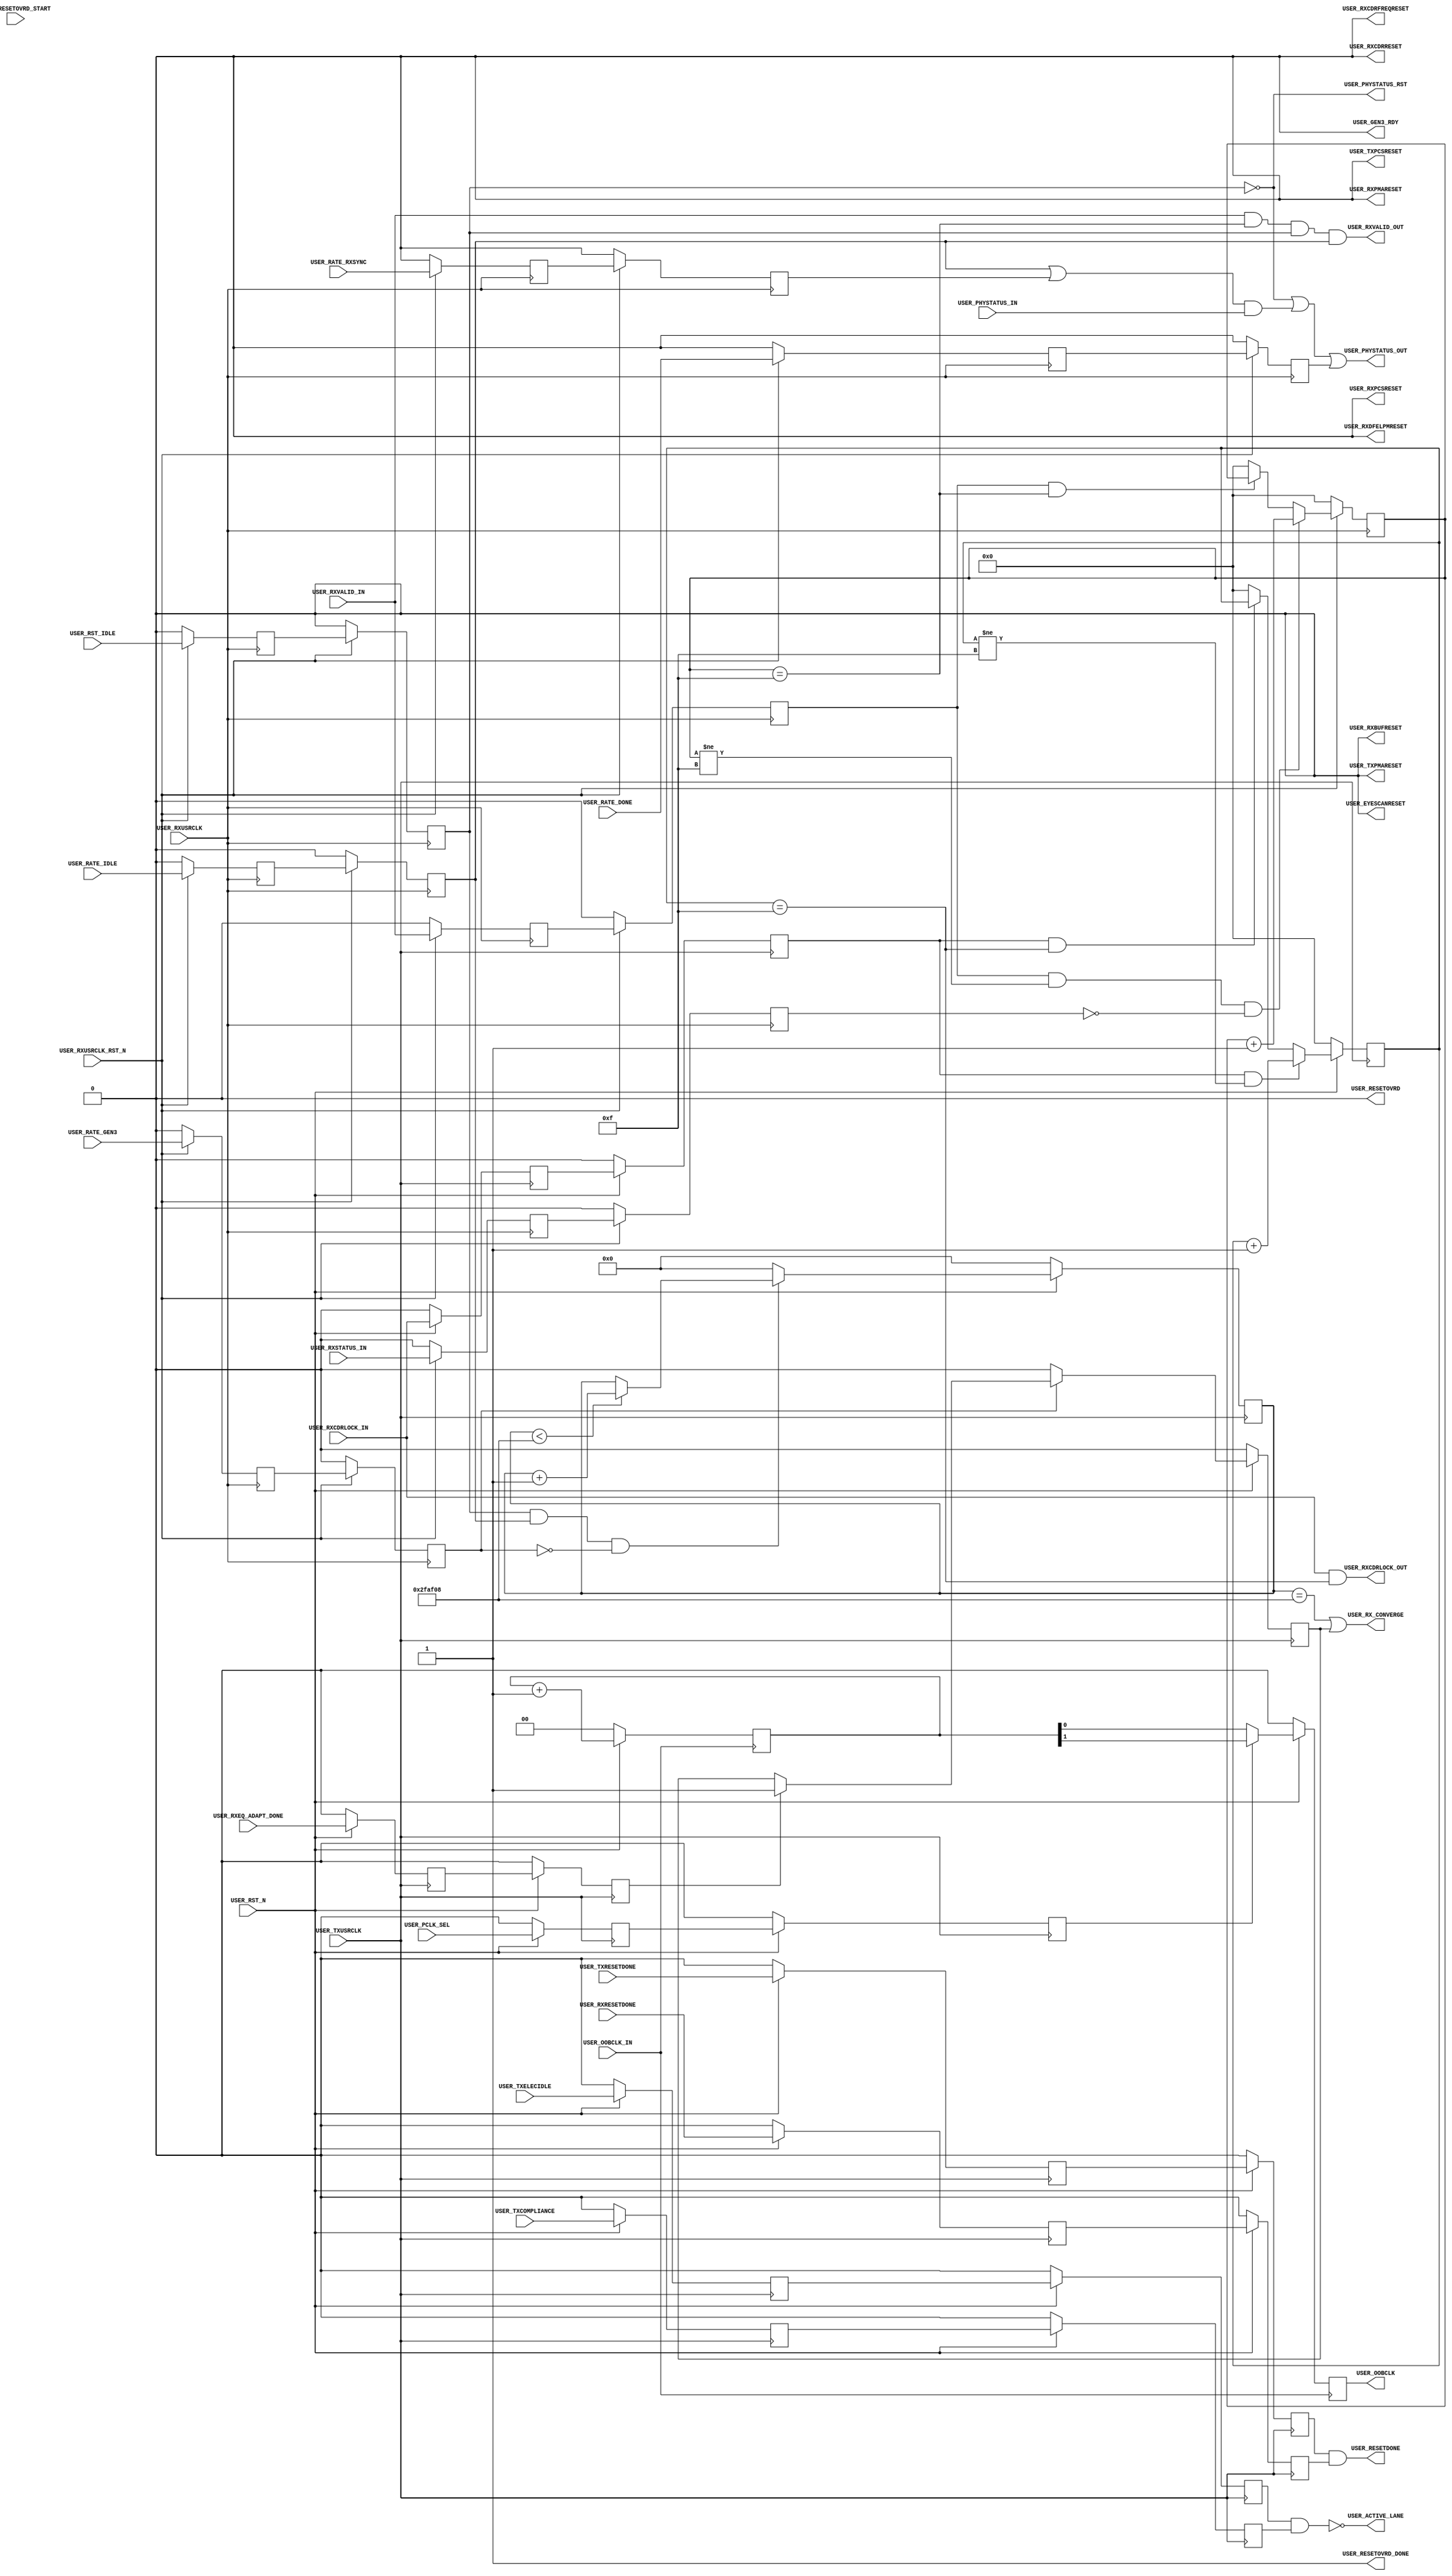
module pcieCore_pipe_user #
(
    parameter PCIE_SIM_MODE    = "FALSE",                   // PCIe sim mode
    parameter PCIE_USE_MODE    = "3.0",                     // PCIe sim version
    parameter PCIE_OOBCLK_MODE = 1,                         // PCIe OOB clock mode
    parameter RXCDRLOCK_MAX    = 4'd15,                     // RXCDRLOCK max count
    parameter RXVALID_MAX      = 4'd15,                     // RXVALID max count
    parameter CONVERGE_MAX     = 22'd3125000                // Convergence max count
)
(
    input               USER_TXUSRCLK,
    input               USER_RXUSRCLK,
    input               USER_OOBCLK_IN,
    input               USER_RST_N,
    input               USER_RXUSRCLK_RST_N,
    input               USER_PCLK_SEL,
    input               USER_RESETOVRD_START,
    input               USER_TXRESETDONE,
    input               USER_RXRESETDONE,
    input               USER_TXELECIDLE,
    input               USER_TXCOMPLIANCE,
    input               USER_RXCDRLOCK_IN,
    input               USER_RXVALID_IN,
    input               USER_RXSTATUS_IN,
    input               USER_PHYSTATUS_IN,
    input               USER_RATE_DONE,
    input               USER_RST_IDLE,
    input               USER_RATE_RXSYNC,
    input               USER_RATE_IDLE,
    input               USER_RATE_GEN3,
    input               USER_RXEQ_ADAPT_DONE,
    output              USER_OOBCLK,
    output              USER_RESETOVRD,
    output              USER_TXPMARESET,
    output              USER_RXPMARESET,
    output              USER_RXCDRRESET,
    output              USER_RXCDRFREQRESET,
    output              USER_RXDFELPMRESET,
    output              USER_EYESCANRESET,
    output              USER_TXPCSRESET,
    output              USER_RXPCSRESET,
    output              USER_RXBUFRESET,
    output              USER_RESETOVRD_DONE,
    output              USER_RESETDONE,
    output              USER_ACTIVE_LANE,
    output              USER_RXCDRLOCK_OUT,
    output              USER_RXVALID_OUT,
    output              USER_PHYSTATUS_OUT,
    output              USER_PHYSTATUS_RST,
    output              USER_GEN3_RDY,
    output              USER_RX_CONVERGE
);
(* ASYNC_REG = "TRUE", SHIFT_EXTRACT = "NO" *)    reg                 pclk_sel_reg1;
(* ASYNC_REG = "TRUE", SHIFT_EXTRACT = "NO" *)    reg                 resetovrd_start_reg1;
(* ASYNC_REG = "TRUE", SHIFT_EXTRACT = "NO" *)    reg                 txresetdone_reg1;
(* ASYNC_REG = "TRUE", SHIFT_EXTRACT = "NO" *)    reg                 rxresetdone_reg1;
(* ASYNC_REG = "TRUE", SHIFT_EXTRACT = "NO" *)    reg                 txelecidle_reg1;
(* ASYNC_REG = "TRUE", SHIFT_EXTRACT = "NO" *)    reg                 txcompliance_reg1;
(* ASYNC_REG = "TRUE", SHIFT_EXTRACT = "NO" *)    reg                 rxcdrlock_reg1;
(* ASYNC_REG = "TRUE", SHIFT_EXTRACT = "NO" *)    reg                 rxvalid_reg1;
(* ASYNC_REG = "TRUE", SHIFT_EXTRACT = "NO" *)    reg                 rxstatus_reg1;
(* ASYNC_REG = "TRUE", SHIFT_EXTRACT = "NO" *)    reg                 rate_done_reg1;
(* ASYNC_REG = "TRUE", SHIFT_EXTRACT = "NO" *)    reg                 rst_idle_reg1;
(* ASYNC_REG = "TRUE", SHIFT_EXTRACT = "NO" *)    reg                 rate_rxsync_reg1;
(* ASYNC_REG = "TRUE", SHIFT_EXTRACT = "NO" *)    reg                 rate_idle_reg1;
(* ASYNC_REG = "TRUE", SHIFT_EXTRACT = "NO" *)    reg                 rate_gen3_reg1;
(* ASYNC_REG = "TRUE", SHIFT_EXTRACT = "NO" *)    reg                 rxeq_adapt_done_reg1;
(* ASYNC_REG = "TRUE", SHIFT_EXTRACT = "NO" *)    reg                 pclk_sel_reg2;
(* ASYNC_REG = "TRUE", SHIFT_EXTRACT = "NO" *)    reg                 resetovrd_start_reg2;
(* ASYNC_REG = "TRUE", SHIFT_EXTRACT = "NO" *)    reg                 txresetdone_reg2;
(* ASYNC_REG = "TRUE", SHIFT_EXTRACT = "NO" *)    reg                 rxresetdone_reg2;
(* ASYNC_REG = "TRUE", SHIFT_EXTRACT = "NO" *)    reg                 txelecidle_reg2;
(* ASYNC_REG = "TRUE", SHIFT_EXTRACT = "NO" *)    reg                 txcompliance_reg2;
(* ASYNC_REG = "TRUE", SHIFT_EXTRACT = "NO" *)	  reg	              rxcdrlock_reg2;
(* ASYNC_REG = "TRUE", SHIFT_EXTRACT = "NO" *)    reg                 rxvalid_reg2;
(* ASYNC_REG = "TRUE", SHIFT_EXTRACT = "NO" *)    reg                 rxstatus_reg2;
(* ASYNC_REG = "TRUE", SHIFT_EXTRACT = "NO" *)    reg                 rate_done_reg2;
(* ASYNC_REG = "TRUE", SHIFT_EXTRACT = "NO" *)    reg                 rst_idle_reg2;
(* ASYNC_REG = "TRUE", SHIFT_EXTRACT = "NO" *)    reg                 rate_rxsync_reg2;
(* ASYNC_REG = "TRUE", SHIFT_EXTRACT = "NO" *)    reg                 rate_idle_reg2;
(* ASYNC_REG = "TRUE", SHIFT_EXTRACT = "NO" *)    reg                 rate_gen3_reg2;
(* ASYNC_REG = "TRUE", SHIFT_EXTRACT = "NO" *)    reg                 rxeq_adapt_done_reg2;
    reg         [ 1:0]  oobclk_cnt    =  2'd0;
    reg         [ 7:0]  reset_cnt     =  8'd127;
    reg         [ 3:0]  rxcdrlock_cnt =  4'd0;
    reg         [ 3:0]  rxvalid_cnt   =  4'd0;
    reg         [21:0]  converge_cnt  = 22'd0;
    reg                 converge_gen3 =  1'd0;
    reg                 oobclk   = 1'd0;
    reg         [ 7:0]  reset    = 8'h00;
    reg                 gen3_rdy = 1'd0;
    reg         [ 1:0]  fsm      = 2'd0;
    localparam          FSM_IDLE       = 2'd0;
    localparam          FSM_RESETOVRD  = 2'd1;
    localparam          FSM_RESET_INIT = 2'd2;
    localparam          FSM_RESET      = 2'd3;
    localparam converge_max_cnt = (PCIE_SIM_MODE == "TRUE") ? 22'd100 : CONVERGE_MAX;
always @ (posedge USER_TXUSRCLK)
begin
    if (!USER_RST_N)
        begin
        pclk_sel_reg1        <= 1'd0;
        resetovrd_start_reg1 <= 1'd0;
        txresetdone_reg1     <= 1'd0;
        rxresetdone_reg1     <= 1'd0;
        txelecidle_reg1      <= 1'd0;
        txcompliance_reg1    <= 1'd0;
        rxcdrlock_reg1 	     <= 1'd0;
        rxeq_adapt_done_reg1 <= 1'd0;
        pclk_sel_reg2        <= 1'd0;
        resetovrd_start_reg2 <= 1'd0;
        txresetdone_reg2     <= 1'd0;
        rxresetdone_reg2     <= 1'd0;
        txelecidle_reg2      <= 1'd0;
        txcompliance_reg2    <= 1'd0;
        rxcdrlock_reg2 	     <= 1'd0;
        rxeq_adapt_done_reg2 <= 1'd0;
        end
    else
        begin
        pclk_sel_reg1        <= USER_PCLK_SEL;
        resetovrd_start_reg1 <= USER_RESETOVRD_START;
        txresetdone_reg1     <= USER_TXRESETDONE;
        rxresetdone_reg1     <= USER_RXRESETDONE;
        txelecidle_reg1      <= USER_TXELECIDLE;
        txcompliance_reg1    <= USER_TXCOMPLIANCE;
        rxcdrlock_reg1 	     <= USER_RXCDRLOCK_IN;
        rxeq_adapt_done_reg1 <= USER_RXEQ_ADAPT_DONE;
        pclk_sel_reg2        <= pclk_sel_reg1;
        resetovrd_start_reg2 <= resetovrd_start_reg1;
        txresetdone_reg2     <= txresetdone_reg1;
        rxresetdone_reg2     <= rxresetdone_reg1;
        txelecidle_reg2      <= txelecidle_reg1;
        txcompliance_reg2    <= txcompliance_reg1;
        rxcdrlock_reg2 	     <= rxcdrlock_reg1;
        rxeq_adapt_done_reg2 <= rxeq_adapt_done_reg1;
        end
end
always @ (posedge USER_RXUSRCLK)
begin
    if (!USER_RXUSRCLK_RST_N)
        begin
        rxvalid_reg1     <= 1'd0;
        rxstatus_reg1    <= 1'd0;
        rst_idle_reg1    <= 1'd0;
        rate_done_reg1   <= 1'd0;
        rate_rxsync_reg1 <= 1'd0;
        rate_idle_reg1   <= 1'd0;
        rate_gen3_reg1   <= 1'd0;
        rxvalid_reg2     <= 1'd0;
        rxstatus_reg2    <= 1'd0;
        rst_idle_reg2    <= 1'd0;
        rate_done_reg2   <= 1'd0;
        rate_rxsync_reg2 <= 1'd0;
        rate_idle_reg2   <= 1'd0;
        rate_gen3_reg2   <= 1'd0;
        end
    else
        begin
        rxvalid_reg1     <= USER_RXVALID_IN;
        rxstatus_reg1    <= USER_RXSTATUS_IN;
        rst_idle_reg1    <= USER_RST_IDLE;
        rate_done_reg1   <= USER_RATE_DONE;
        rate_rxsync_reg1 <= USER_RATE_RXSYNC;
        rate_idle_reg1   <= USER_RATE_IDLE;
        rate_gen3_reg1   <= USER_RATE_GEN3;
        rxvalid_reg2     <= rxvalid_reg1;
        rxstatus_reg2    <= rxstatus_reg1;
        rst_idle_reg2    <= rst_idle_reg1;
        rate_done_reg2   <= rate_done_reg1;
        rate_rxsync_reg2 <= rate_rxsync_reg1;
        rate_idle_reg2   <= rate_idle_reg1;
        rate_gen3_reg2   <= rate_gen3_reg1;
        end
end
generate if (PCIE_USE_MODE == "1.0")
    begin : resetovrd
    always @ (posedge USER_TXUSRCLK)
    begin
        if (!USER_RST_N)
            reset_cnt <= 8'd127;
        else
            if (((fsm == FSM_RESETOVRD) || (fsm == FSM_RESET)) && (reset_cnt != 8'd0))
                reset_cnt <= reset_cnt - 8'd1;
            else
                case (reset)
                8'b00000000 : reset_cnt <= 8'd127;              // Programmable PMARESET       time
                8'b11111111 : reset_cnt <= 8'd127;              // Programmable RXCDRRESET     time
                8'b11111110 : reset_cnt <= 8'd127;              // Programmable RXCDRFREQRESET time
                8'b11111100 : reset_cnt <= 8'd127;              // Programmable RXDFELPMRESET  time
                8'b11111000 : reset_cnt <= 8'd127;              // Programmable EYESCANRESET   time
                8'b11110000 : reset_cnt <= 8'd127;              // Programmable PCSRESET       time
                8'b11100000 : reset_cnt <= 8'd127;              // Programmable RXBUFRESET     time
                8'b11000000 : reset_cnt <= 8'd127;              // Programmable RESETOVRD deassertion time
                8'b10000000 : reset_cnt <= 8'd127;
                default     : reset_cnt <= 8'd127;
                endcase
    end
    always @ (posedge USER_TXUSRCLK)
    begin
        if (!USER_RST_N)
            reset <= 8'h00;
        else
            if (fsm == FSM_RESET_INIT)
                reset <= 8'hFF;
            else if ((fsm == FSM_RESET) && (reset_cnt == 8'd0))
                reset <= {reset[6:0], 1'd0};
            else
                reset <= reset;
    end
    always @ (posedge USER_TXUSRCLK)
    begin
        if (!USER_RST_N)
            fsm <= FSM_IDLE;
        else
            begin
            case (fsm)
            FSM_IDLE       : fsm <= resetovrd_start_reg2 ? FSM_RESETOVRD : FSM_IDLE;
            FSM_RESETOVRD  : fsm <= (reset_cnt == 8'd0) ? FSM_RESET_INIT : FSM_RESETOVRD;
            FSM_RESET_INIT : fsm <= FSM_RESET;
            FSM_RESET      : fsm <= ((reset == 8'd0) && rxresetdone_reg2) ? FSM_IDLE : FSM_RESET;
            default        : fsm <= FSM_IDLE;
        	  endcase
            end
    end
    end
else
    begin : resetovrd_disble
    always @ (posedge USER_TXUSRCLK)
    begin
       if (!USER_RST_N)
           begin
           reset_cnt <= 8'hFF;
           reset     <= 8'd0;
           fsm       <= 2'd0;
           end
       else
           begin
           reset_cnt <= 8'hFF;
           reset     <= 8'd0;
           fsm       <= 2'd0;
           end
    end
    end
endgenerate
generate if (PCIE_OOBCLK_MODE == 1)
    begin : oobclk_div
    always @ (posedge USER_OOBCLK_IN)
    begin
        if (!USER_RST_N)
            begin
            oobclk_cnt <= 2'd0;
            oobclk     <= 1'd0;
            end
        else
            begin
            oobclk_cnt <= oobclk_cnt + 2'd1;
            oobclk     <= pclk_sel_reg2 ? oobclk_cnt[1] : oobclk_cnt[0];
            end
    end
    end
else
    begin : oobclk_div_disable
    always @ (posedge USER_OOBCLK_IN)
    begin
        if (!USER_RST_N)
            begin
            oobclk_cnt <= 2'd0;
            oobclk     <= 1'd0;
            end
        else
            begin
            oobclk_cnt <= 2'd0;
            oobclk     <= 1'd0;
            end
    end
    end
endgenerate
always @ (posedge USER_TXUSRCLK)
begin
    if (!USER_RST_N)
        rxcdrlock_cnt <= 4'd0;
    else
        if (rxcdrlock_reg2 && (rxcdrlock_cnt != RXCDRLOCK_MAX))
            rxcdrlock_cnt <= rxcdrlock_cnt + 4'd1;
        else if (rxcdrlock_reg2 && (rxcdrlock_cnt == RXCDRLOCK_MAX))
            rxcdrlock_cnt <= rxcdrlock_cnt;
        else
            rxcdrlock_cnt <= 4'd0;
end
always @ (posedge USER_RXUSRCLK)
begin
    if (!USER_RXUSRCLK_RST_N)
        rxvalid_cnt <= 4'd0;
    else
        if (rxvalid_reg2 && (rxvalid_cnt != RXVALID_MAX) && (!rxstatus_reg2))
            rxvalid_cnt <= rxvalid_cnt + 4'd1;
        else if (rxvalid_reg2 && (rxvalid_cnt == RXVALID_MAX))
            rxvalid_cnt <= rxvalid_cnt;
        else
            rxvalid_cnt <= 4'd0;
end
always @ (posedge USER_TXUSRCLK)
begin
    if (!USER_RST_N)
        converge_cnt <= 22'd0;
    else
        if (rst_idle_reg2 && rate_idle_reg2 && !rate_gen3_reg2)
            begin
            if (converge_cnt < converge_max_cnt)
                converge_cnt <= converge_cnt + 22'd1;
            else
                converge_cnt <= converge_cnt;
            end
        else
            converge_cnt <= 22'd0;
end
always @ (posedge USER_TXUSRCLK)
begin
    if (!USER_RST_N)
        converge_gen3 <= 1'd0;
    else
        if (rate_gen3_reg2)
            if (rxeq_adapt_done_reg2)
                converge_gen3 <= 1'd1;
            else
                converge_gen3 <= converge_gen3;
        else
            converge_gen3 <= 1'd0;
end
always @ (posedge USER_RXUSRCLK)
begin
    if (!USER_RXUSRCLK_RST_N)
        gen3_rdy <= 1'd0;
    else
        gen3_rdy <= rate_idle_reg2 && rate_gen3_reg2;
end
assign USER_RESETOVRD      = (fsm != FSM_IDLE);
assign USER_TXPMARESET     = 1'd0;
assign USER_RXPMARESET     = reset[0];
assign USER_RXCDRRESET     = reset[1];
assign USER_RXCDRFREQRESET = reset[2];
assign USER_RXDFELPMRESET  = reset[3];
assign USER_EYESCANRESET   = reset[4];
assign USER_TXPCSRESET     = 1'd0;
assign USER_RXPCSRESET     = reset[5];
assign USER_RXBUFRESET     = reset[6];
assign USER_RESETOVRD_DONE = (fsm == FSM_IDLE);
assign USER_OOBCLK         = oobclk;
assign USER_RESETDONE      = (txresetdone_reg2 && rxresetdone_reg2);
assign USER_ACTIVE_LANE    = !(txelecidle_reg2 && txcompliance_reg2);
assign USER_RXCDRLOCK_OUT  = (USER_RXCDRLOCK_IN && (rxcdrlock_cnt == RXCDRLOCK_MAX));        // Filtered RXCDRLOCK
assign USER_RXVALID_OUT    = ((USER_RXVALID_IN  && (rxvalid_cnt == RXVALID_MAX)) &&          // Filtered RXVALID
                              rst_idle_reg2                                      &&          // Force RXVALID = 0 during reset
                              rate_idle_reg2);                                               // Force RXVALID = 0 during rate change
assign USER_PHYSTATUS_OUT  = (!rst_idle_reg2                                              || // Force PHYSTATUS = 1 during reset
                              ((rate_idle_reg2 || rate_rxsync_reg2) && USER_PHYSTATUS_IN) || // Raw PHYSTATUS
                              rate_done_reg2);                                               // Gated PHYSTATUS for rate change
assign USER_PHYSTATUS_RST  = !rst_idle_reg2;                                                 // Filtered PHYSTATUS for reset
assign USER_GEN3_RDY       = 0;//gen3_rdy;
assign USER_RX_CONVERGE    = (converge_cnt == converge_max_cnt) || converge_gen3;
endmodule